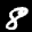
Label: 8